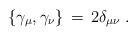
LaTeX: \begin{align*}\{\gamma_{\mu},\gamma_{\nu}\}\,=\,2\delta_{\mu\nu} \;.\end{align*}